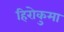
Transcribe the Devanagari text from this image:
हिरोकुमा